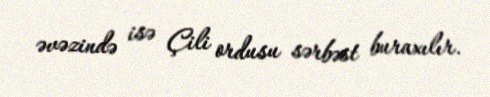
əvəzində isə Çili ordusu sərbəst buraxılır.